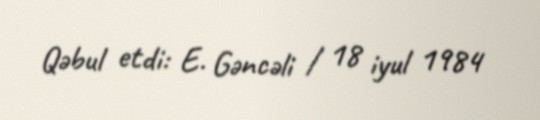
Qəbul etdi: E. Gəncəli / 18 iyul 1984